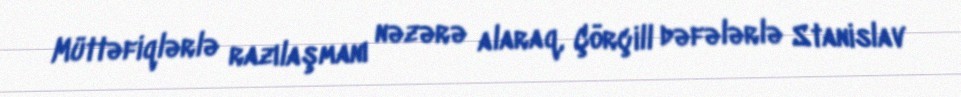
Müttəfiqlərlə razılaşmanı nəzərə alaraq, Çörçill dəfələrlə Stanislav